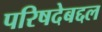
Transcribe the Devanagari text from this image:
परिषदेबद्दल